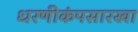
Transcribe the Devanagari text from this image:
धरणीकंपसारखा